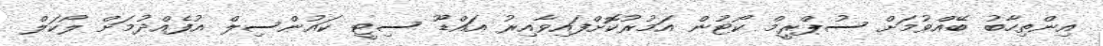
އިންތިހާބު ބޭއްވުމަށް ސުޕްރީމް ކޯޓުން އަމުރުކޮށްފައިވާއިރު އައްޑޫ ސިޓީ ކައުންސިލް އުފެއްދުމަށް ލޯކަލް